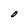
Character: O